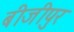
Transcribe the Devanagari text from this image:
बीजीपुर